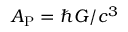
A _ { \mathrm { P } } = \hbar G / c ^ { 3 }